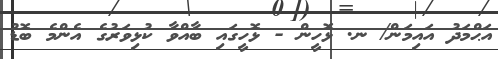
އަޙްމަދު އައިމަން/ ނ. ޅޮހީން - ޅޮހީގައި ބާއްވާ ކުޅިވަރުގެ އެންމެ ބޮޑު